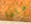
ماذا